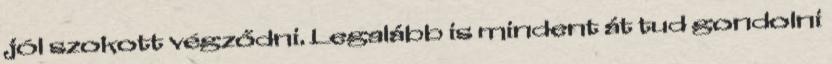
jól szokott végződni. Legalább is mindent át tud gondolni